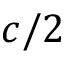
c / 2